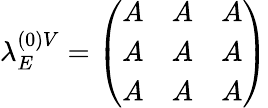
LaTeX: \lambda_{E}^{(0)V}=\left(\begin{array}{lll}{{A}}&{{A}}&{{A}}\\ {{A}}&{{A}}&{{A}}\\ {{A}}&{{A}}&{{A}}\end{array}\right)